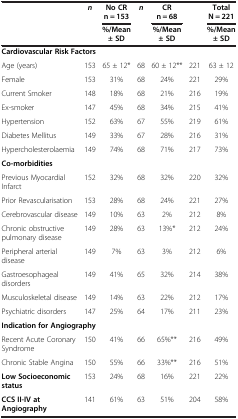
<table><thead><tr><td rowspan="2"><b> </b></td><td rowspan="2"><b><i>n</i></b></td><td><b>No CR n = 153</b></td><td rowspan="2"><b><i>n</i></b></td><td><b>CR n = 68</b></td><td rowspan="2"><b> </b></td><td><b>Total N = 221</b></td></tr><tr><td><b>%/Mean ± SD</b></td><td><b>%/Mean ± SD</b></td><td><b>%/Mean ± SD</b></td></tr></thead><tbody><tr><td colspan="7"><b>Cardiovascular Risk Factors</b></td></tr><tr><td>Age (years)</td><td>153</td><td>65 ± 12*</td><td>68</td><td>60 ± 12**</td><td>221</td><td>63 ± 12</td></tr><tr><td>Female</td><td>153</td><td>31%</td><td>68</td><td>24%</td><td>221</td><td>29%</td></tr><tr><td>Current Smoker</td><td>148</td><td>18%</td><td>68</td><td>21%</td><td>216</td><td>19%</td></tr><tr><td>Ex-smoker</td><td>147</td><td>45%</td><td>68</td><td>34%</td><td>215</td><td>41%</td></tr><tr><td>Hypertension</td><td>152</td><td>63%</td><td>67</td><td>55%</td><td>219</td><td>61%</td></tr><tr><td>Diabetes Mellitus</td><td>149</td><td>33%</td><td>67</td><td>28%</td><td>216</td><td>31%</td></tr><tr><td>Hypercholesterolaemia</td><td>149</td><td>74%</td><td>68</td><td>71%</td><td>217</td><td>73%</td></tr><tr><td colspan="7"><b>Co-morbidities</b></td></tr><tr><td>Previous Myocardial Infarct</td><td>152</td><td>32%</td><td>68</td><td>32%</td><td>220</td><td>32%</td></tr><tr><td>Prior Revascularisation</td><td>153</td><td>28%</td><td>68</td><td>24%</td><td>221</td><td>27%</td></tr><tr><td>Cerebrovascular disease</td><td>149</td><td>10%</td><td>63</td><td>2%</td><td>212</td><td>8%</td></tr><tr><td>Chronic obstructive pulmonary disease</td><td>149</td><td>28%</td><td>63</td><td>13%*</td><td>212</td><td>24%</td></tr><tr><td>Peripheral arterial disease</td><td>149</td><td>7%</td><td>63</td><td>3%</td><td>212</td><td>6%</td></tr><tr><td>Gastroesophageal disorders</td><td>149</td><td>41%</td><td>65</td><td>32%</td><td>214</td><td>38%</td></tr><tr><td>Musculoskeletal disease</td><td>149</td><td>14%</td><td>63</td><td>22%</td><td>212</td><td>17%</td></tr><tr><td>Psychiatric disorders</td><td>147</td><td>25%</td><td>64</td><td>17%</td><td>211</td><td>23%</td></tr><tr><td colspan="7"><b>Indication for Angiography</b></td></tr><tr><td>Recent Acute Coronary Syndrome</td><td>150</td><td>41%</td><td>66</td><td>65%**</td><td>216</td><td>49%</td></tr><tr><td>Chronic Stable Angina</td><td>150</td><td>55%</td><td>66</td><td>33%**</td><td>216</td><td>51%</td></tr><tr><td><b>Low Socioeconomic status</b></td><td>153</td><td>24%</td><td>68</td><td>16%</td><td>221</td><td>22%</td></tr><tr><td><b>CCS II-IV at Angiography</b></td><td>141</td><td>61%</td><td>63</td><td>51%</td><td>204</td><td>58%</td></tr></tbody></table>